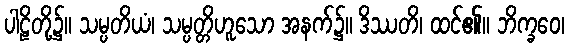
ပါဠိတို့၌။ သမ္ပတိယံ၊ သမ္ပတ္တိဟူသော အနက်၌။ ဒိဿတိ၊ ထင်၏။ ဘိက္ခဝေ၊